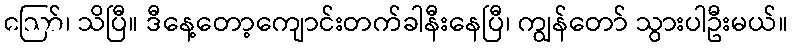
ဪ၊ သိပြီ။ ဒီနေ့တော့ကျောင်းတက်ခါနီးနေပြီ၊ ကျွန်တော် သွားပါဦးမယ်။